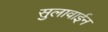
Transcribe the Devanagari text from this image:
सुलावाईन